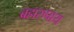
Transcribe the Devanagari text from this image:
ब्रह्मरुपाय